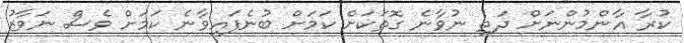
ކުރާ އާންމުންނަށް ދަތި ނުވާނެ ގޮތަކަށް ކަމަށް ބުނެފައިވާނެ ކަމަށް ވެސް ނަވާޒު